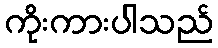
ကိုးကားပါသည်